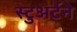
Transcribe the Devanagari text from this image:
स्टुअर्टने